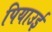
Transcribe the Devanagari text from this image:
पियाउई